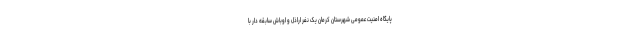
پایگاه امنیت عمومی شهرستان کرمان یک نفر اراذل و اوباش سابقه دار با